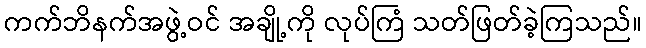
ကက်ဘိနက်အဖွဲ့ဝင် အချို့ကို လုပ်ကြံ သတ်ဖြတ်ခဲ့ကြသည်။